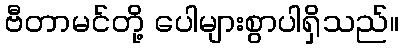
ဗီတာမင်တို့ ပေါများစွာပါရှိသည်။